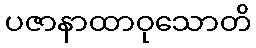
ပဇာနာထာဝုသောတိ